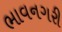
ભાવનગરી